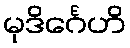
မုဒိင်္ဂေဟိ